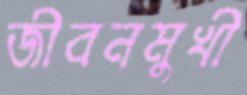
জীবনমুখী